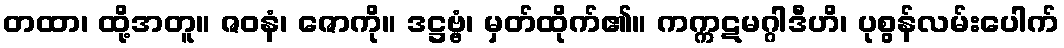
တထာ၊ ထို့အတူ။ ဇဝနံ၊ ဇောကို။ ဒဋ္ဌဗ္ဗံ၊ မှတ်ထိုက်၏။ ကက္ကဋမဂ္ဂါဒီဟိ၊ ပုစွန်လမ်းပေါက်